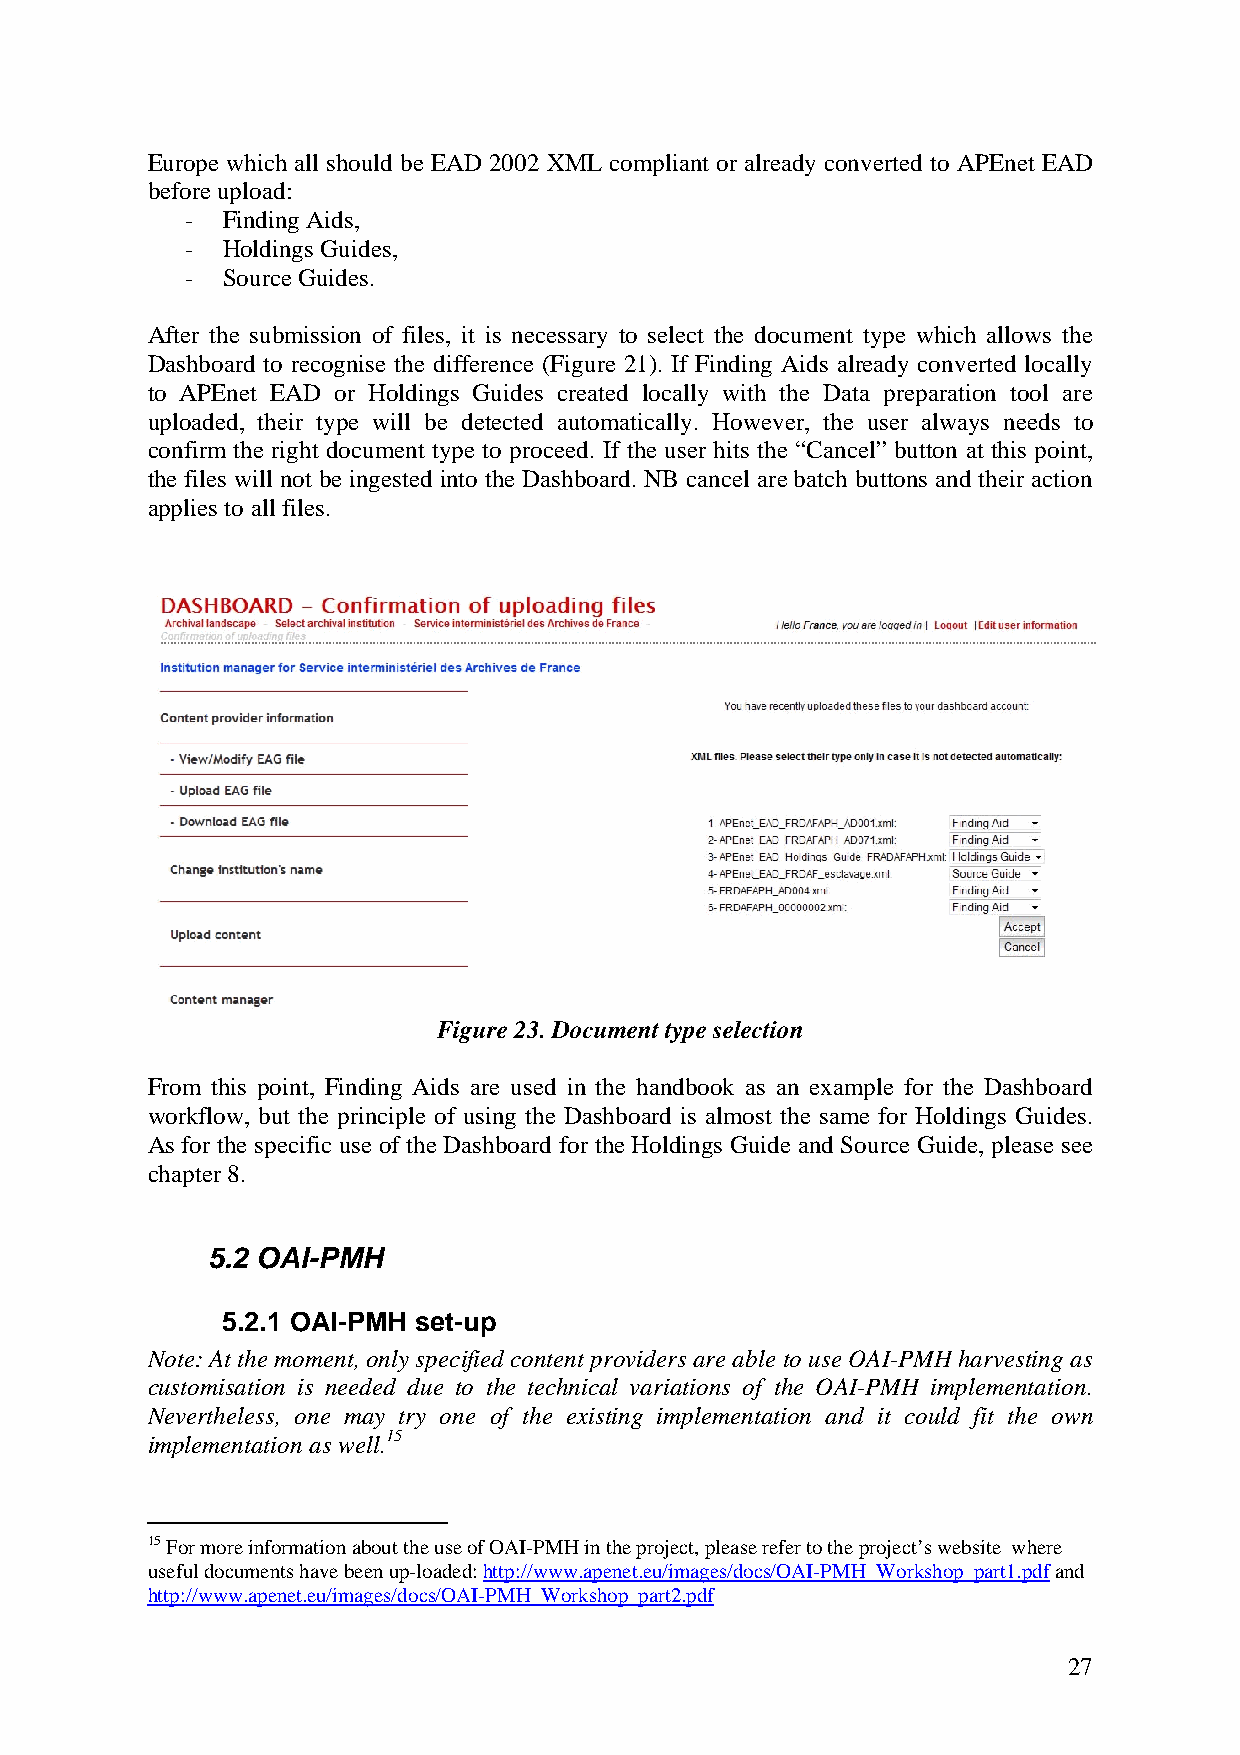
Europe which all should be EAD 2002 XML compliant or already converted to APEnet EAD
 before upload:
 -  Finding Aids,
 -  Holdings Guides,
 -  Source Guides.
 After the submission of files, it is necessary to select the document type which allows the
 Dashboard to recognise the difference (Figure 21). If Finding Aids already converted locally
 to APEnet EAD or Holdings Guides created locally with the Data preparation tool are
 uploaded, their type will be detected automatically. However, the user always needs to
 confirm the right document type to proceed. If the user hits the “Cancel” button at this point,
 the files will not be ingested into the Dashboard. NB cancel are batch buttons and their action
 applies to all files.
 Figure 23. Document type selection
 From this point, Finding Aids are used in the handbook as an example for the Dashboard
 workflow, but the principle of using the Dashboard is almost the same for Holdings Guides.
 As for the specific use of the Dashboard for the Holdings Guide and Source Guide, please see
 chapter 8.
 5.2 OAI-PMH
 5.2.1 OAI-PMH set-up
 Note: At the moment, only specified content providers are able to use OAI-PMH harvesting as
 customisation is needed due to the technical variations of the OAI-PMH implementation.
 Nevertheless, one may try one of the existing implementation and it could fit the own
 implementation as well.15
 15 For more information about the use of OAI-PMH in the project, please refer to the project’s website where
 useful documents have been up-loaded: http://www.apenet.eu/images/docs/OAI-PMH_Workshop_part1.pdf and
 http://www.apenet.eu/images/docs/OAI-PMH_Workshop_part2.pdf
 27